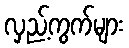
လှည့်ကွက်များ